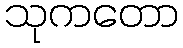
သုကတော